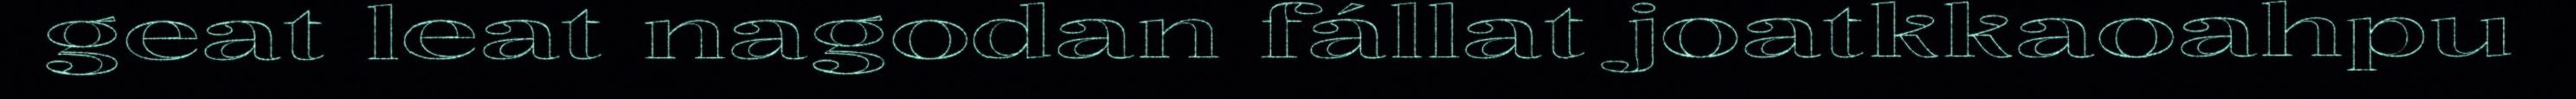
geat leat nagodan fállat joatkkaoahpu